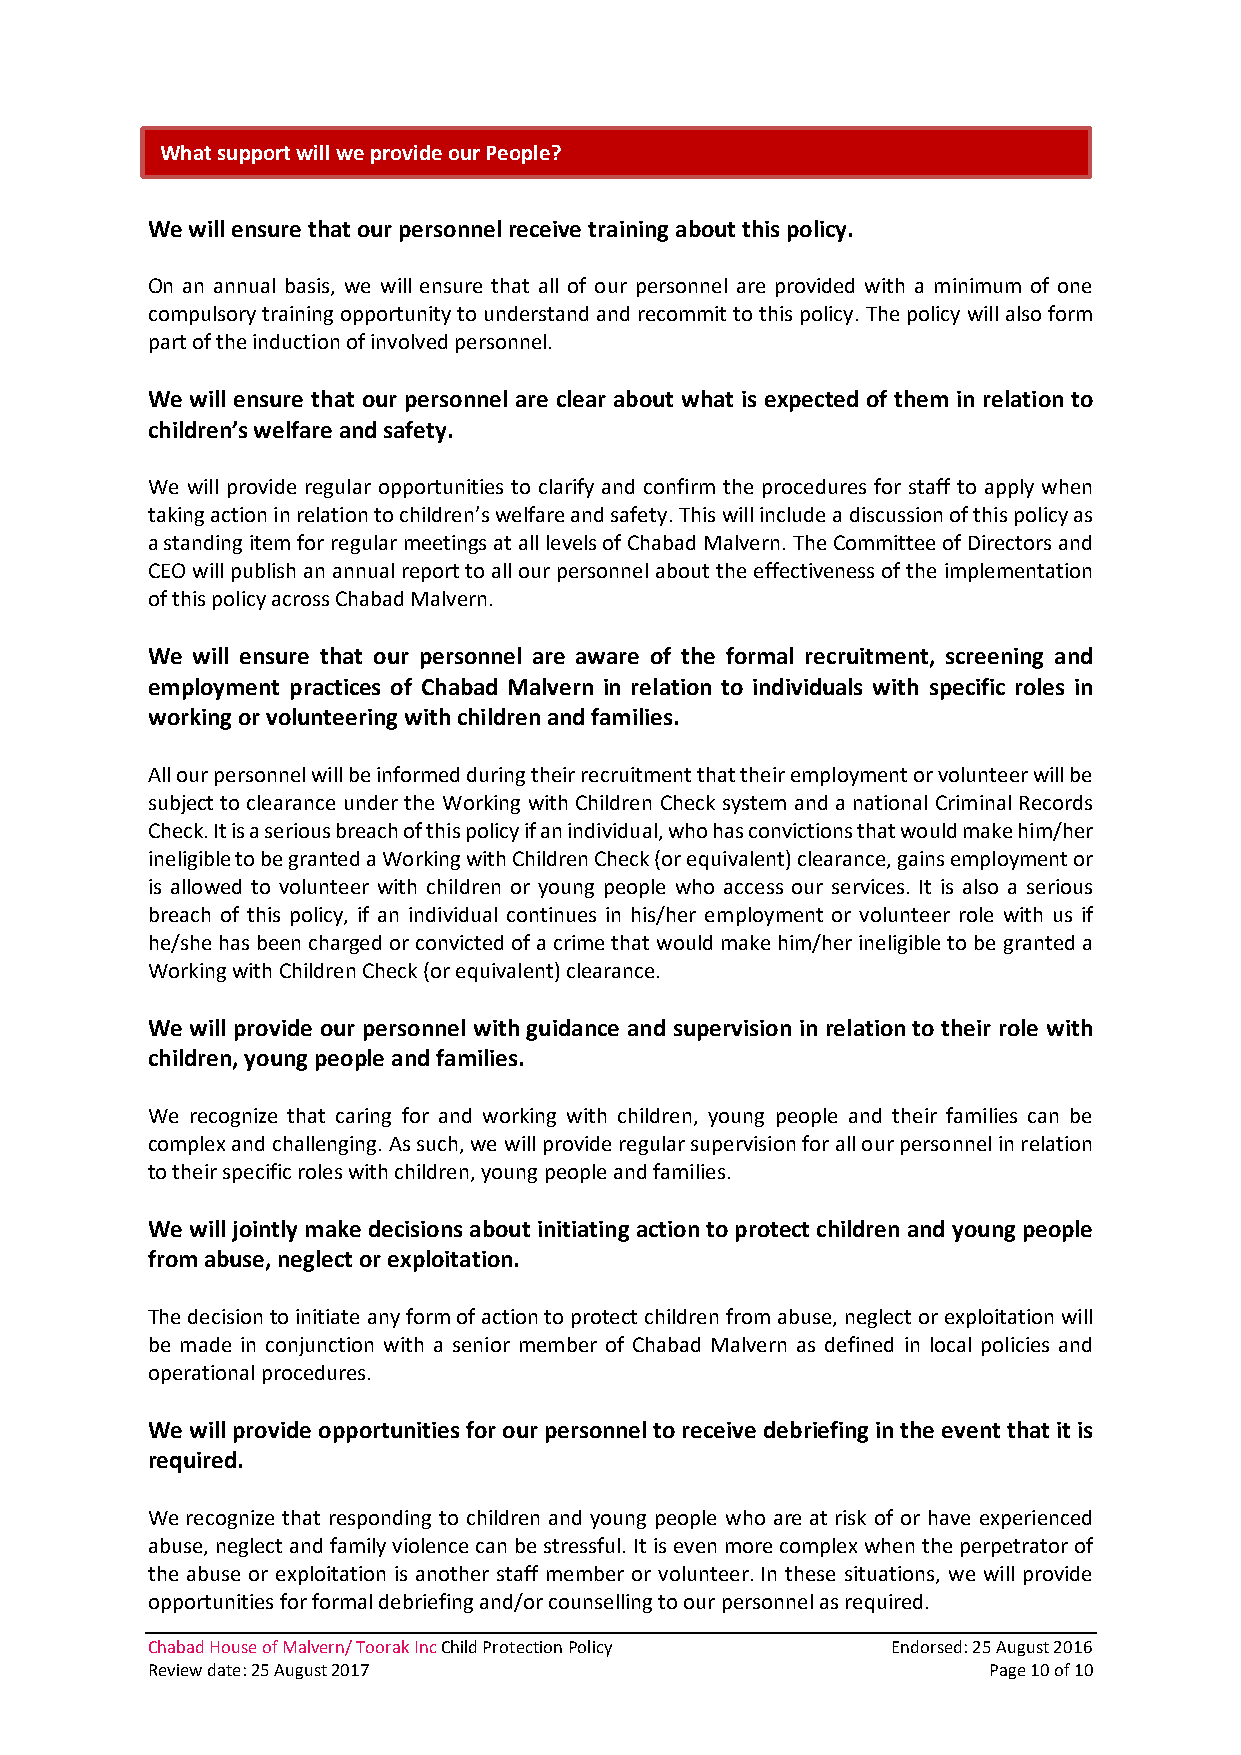
What support will we provide our People?
 We will ensure that our personnel receive training about this policy.
 On an annual basis, we will ensure that all of our personnel are provided with a minimum of one
 compulsory training opportunity to understand and recommit to this policy. The policy will also form
 part of the induction of involved personnel.
 We will ensure that our personnel are clear about what is expected of them in relation to
 children’s welfare and safety.
 We will provide regular opportunities to clarify and confirm the procedures for staff to apply when
 taking action in relation to children’s welfare and safety. This will include a discussion of this policy as
 a standing item for regular meetings at all levels of Chabad Malvern. The Committee of Directors and
 CEO will publish an annual report to all our personnel about the effectiveness of the implementation
 of this policy across Chabad Malvern.
 We will ensure that our personnel are aware of the formal recruitment, screening and
 employment practices of Chabad Malvern in relation to individuals with specific roles in
 working or volunteering with children and families.
 All our personnel will be informed during their recruitment that their employment or volunteer will be
 subject to clearance under the Working with Children Check system and a national Criminal Records
 Check. It is a serious breach of this policy if an individual, who has convictions that would make him/her
 ineligible to be granted a Working with Children Check (or equivalent) clearance, gains employment or
 is allowed to volunteer with children or young people who access our services. It is also a serious
 breach of this policy, if an individual continues in his/her employment or volunteer role with us if
 he/she has been charged or convicted of a crime that would make him/her ineligible to be granted a
 Working with Children Check (or equivalent) clearance.
 We will provide our personnel with guidance and supervision in relation to their role with
 children, young people and families.
 We recognize that caring for and working with children, young people and their families can be
 complex and challenging. As such, we will provide regular supervision for all our personnel in relation
 to their specific roles with children, young people and families.
 We will jointly make decisions about initiating action to protect children and young people
 from abuse, neglect or exploitation.
 The decision to initiate any form of action to protect children from abuse, neglect or exploitation will
 be made in conjunction with a senior member of Chabad Malvern as defined in local policies and
 operational procedures.
 We will provide opportunities for our personnel to receive debriefing in the event that it is
 required.
 We recognize that responding to children and young people who are at risk of or have experienced
 abuse, neglect and family violence can be stressful. It is even more complex when the perpetrator of
 the abuse or exploitation is another staff member or volunteer. In these situations, we will provide
 opportunities for formal debriefing and/or counselling to our personnel as required.
 Chabad House of Malvern/ Toorak Inc Child Protection Policy Endorsed: 25 August 2016
 Review date: 25 August 2017                             Page 10 of 10